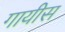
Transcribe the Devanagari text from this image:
गायीस